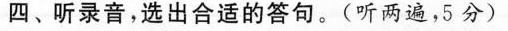
四.听录音，选出合适的答句。（听两遍，5分）